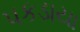
પકડાયા